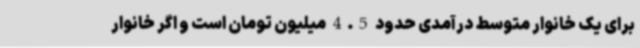
برای یک خانوار متوسط درآمدی حدود 4.5 میلیون تومان است و اگر خانوار